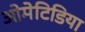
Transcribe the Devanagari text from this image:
ओमेटिडिया